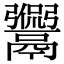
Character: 𩱡